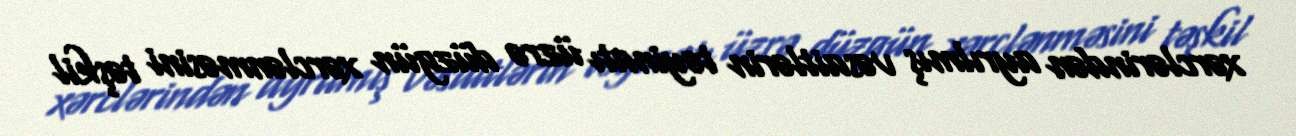
xərclərindən ayrılmış vəsaitlərin təyinatı üzrə düzgün xərclənməsini təşkil